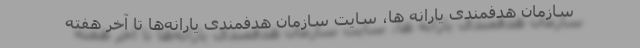
سازمان هدفمندی یارانه ها، سایت سازمان هدفمندی یارانه‌ها تا آخر هفته